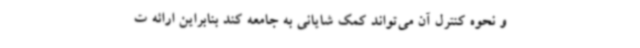
و نحوه کنترل آن می‌تواند کمک شایانی به جامعه کند بنابراین ارائه ت